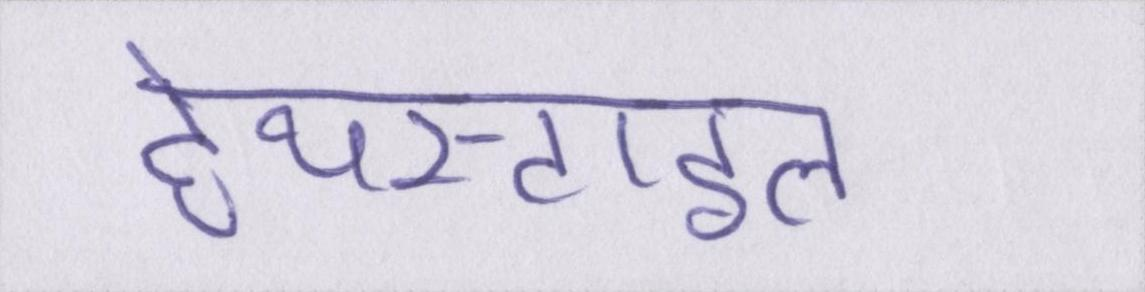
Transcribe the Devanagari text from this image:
हेयरस्टाइल